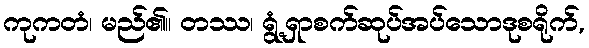
ကုကတံ၊ မည်၏။ တဿ၊ ရွံ့ရှာစက်ဆုပ်အပ်သောဒုစရိုက်,